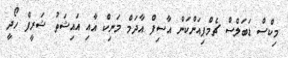
މިކްސް ޑަބަލްސް ޗެމްޕިއަންކަން އާސިފް އާދަމް މަނިކް އާއި އައިޝަތު ޝަރީފް ހޯދީ